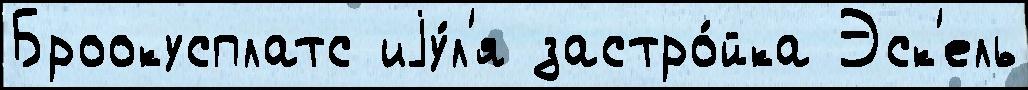
Броокусплатс иjу́л'я застро́йка Эск'ель